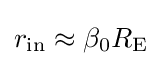
r_{\text{in}}\approx \beta _{0}R_{\text{E}}